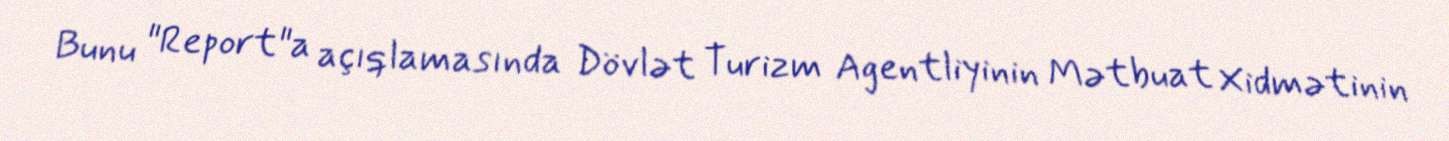
Bunu "Report"a açıqlamasında Dövlət Turizm Agentliyinin Mətbuat Xidmətinin